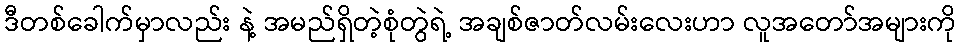
ဒီတစ်ခေါက်မှာလည်း နဲ့ အမည်ရှိတဲ့စုံတွဲရဲ့ အချစ်ဇာတ်လမ်းလေးဟာ လူအတော်အများကို